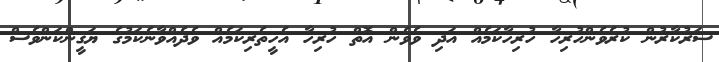
ސަރުކާރުން ކުރެވެންހުރިހާ ހުރިހާކަމެއް އަދި ވެވެން އޮތް ހުރިހާ އެހީތެރިކަމެއް ވެދެއްވާނެކަމުގެ ޔަޤީންކަންވެސް